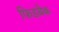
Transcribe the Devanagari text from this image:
फिडबैक